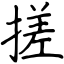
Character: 搓